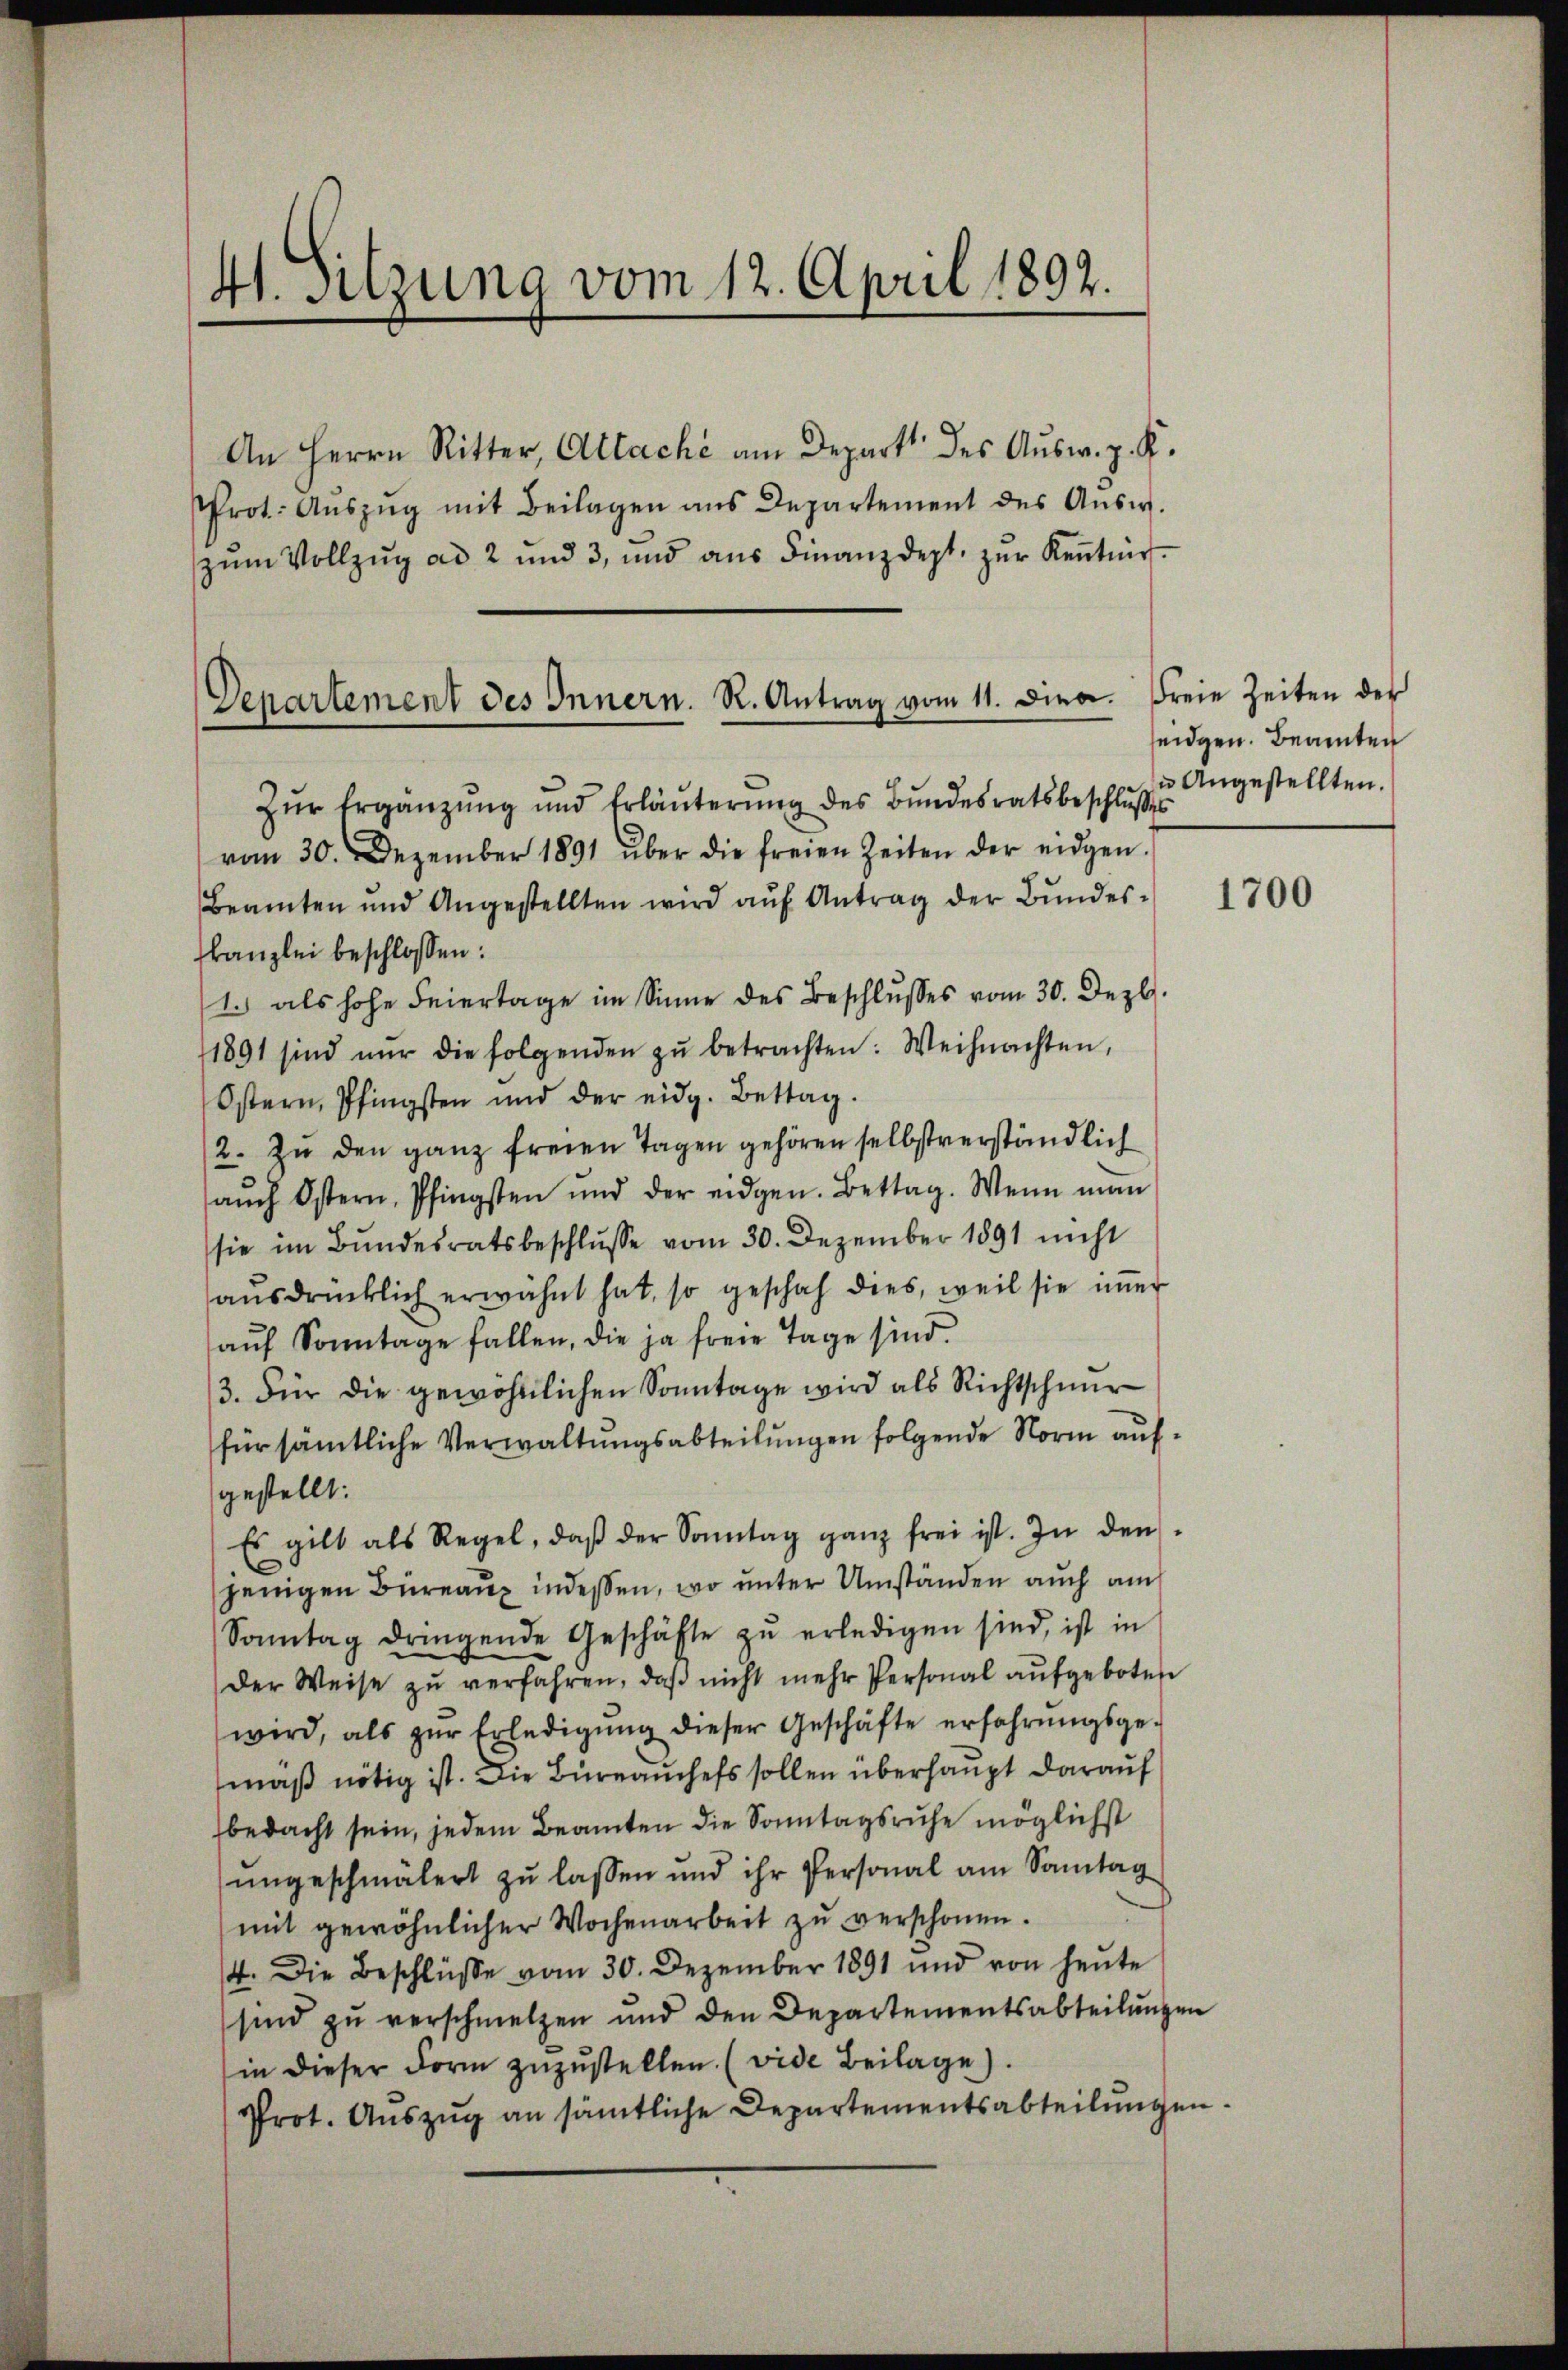
41. Sitzung vom 12. April 1892.

An Herrn Ritter, Attaché am Depart des Aŭsw. z. K.
Prot. Aŭszŭg mit Beilagen ans Departement des Aŭsw.
zŭm Vollzŭg ad 2 und 3, und aŭs Finanzdept. zŭr Keṅtnir-

Departement des Innern. R. Antrag vom 11. Diea.

Zur Ergänzung und Erläuterung des Bundesratsbeschlusses
vom 30. Dezember 1891 über die freien Zeiten der eidgen.
Beamten und Angestellten wird aŭf Antrag der Bŭndes-
kanzlei beschlossen:
1.) als hohe Feiertage im Sinne des Beschlusses vom 30. Dez.
1891 sind nur die folgenden zŭ betrachten: Weihnachten,
Östern, Pfingsten und der eidg. Bettag.
2. Zu den ganz freien Tagen gehören selbstverständlich
aŭch Ostern, Pfingsten und der eidgen. Bettag. Wenn man
sie im Bundesratsbeschlŭsse vom 30. Dezember 1891 nicht
aŭsdrücklich erwähnt hat, so geschah dies, weil sie immer
aŭf Sonntage fallen, die ja freie Tage sind.
3. Für die gewöhnlichen Sonntage wird als Richtschnur
für sämmtliche Verwaltungsabteilungen folgende Norm aufgestellt:
Es gilt als Regel, daβ der Sonntag ganz frei ist. In den
jenigen Büreaux indessen, wo unter Umständen auch am
Sonntag dringende Geschäfte zŭ erledigen sind, ist in
der Weise zŭ verfahren, daβ nicht mehr Personal aŭfgeboten
wird, als zŭr Erledigŭng dieser Geschäfte erfahrŭngsge-
mäß nötig ist. Die Bureauchefs sollen überhaupt darauf
bedacht sein, jedem Beamten die Sonntagsruhe möglichst
ŭngeschmälert zŭ lassen und ihr Personal am Sontag
mit gewöhnlicher Wochenarbeit zŭ verschonen.
4. Die Beschlüße vom 30. Dezember 1891 und von heute
sind zu verschmelzen und den Departementsabteilungen
in dieser Form zŭzŭstellen. (vide Beilage).
Prot. Auszug an sämtliche Departementsabteilungen.

Freie Zeiten der
eidgen. Beamten
u Angestellten.

1700